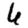
Digit: 6